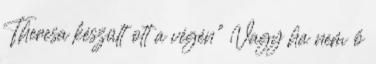
Theresa készült ott a végén” Vagy ha nem ő